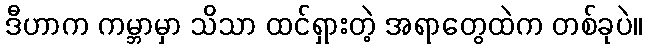
ဒီဟာက ကမ္ဘာမှာ သိသာ ထင်ရှားတဲ့ အရာတွေထဲက တစ်ခုပဲ။